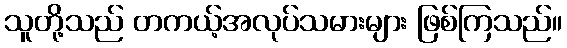
သူတို့သည် တကယ့်အလုပ်သမားများ ဖြစ်ကြသည်။